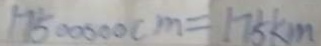
1 7 5 0 0 0 0 0 c m = 1 7 5 k m